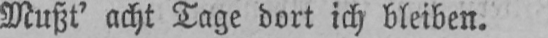
Mußt’ acht Tage dort ich bleiben.